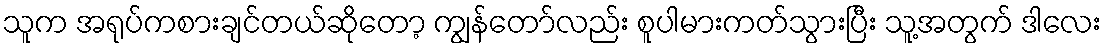
သူက အရုပ်ကစားချင်တယ်ဆိုတော့ ကျွန်တော်လည်း စူပါမားကတ်သွားပြီး သူ့အတွက် ဒါလေး